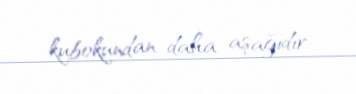
kubokundan daha aşağıdır.